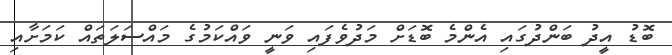
ބޮޑު އީދު ބަންދުގައި އެންމެ ބޮޑަށް މަދުވެފައި ވަނީ ވައްކަމުގެ މައްސަލަތައް ކަމަށާއި